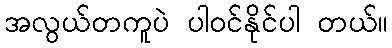
အလွယ်တကူပဲ ပါဝင်နိုင်ပါ တယ်။